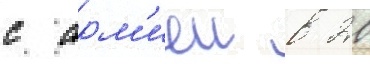
с арм'иеи в 20